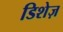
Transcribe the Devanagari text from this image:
डिशेज़